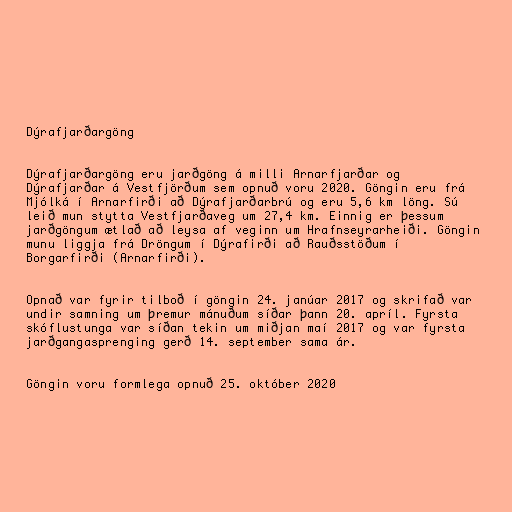
Dýrafjarðargöng

Dýrafjarðargöng eru jarðgöng á milli Arnarfjarðar og
Dýrafjarðar á Vestfjörðum sem opnuð voru 2020. Göngin eru frá
Mjólká í Arnarfirði að Dýrafjarðarbrú og eru 5,6 km löng. Sú
leið mun stytta Vestfjarðaveg um 27,4 km. Einnig er þessum
jarðgöngum ætlað að leysa af veginn um Hrafnseyrarheiði. Göngin
munu liggja frá Dröngum í Dýrafirði að Rauðsstöðum í
Borgarfirði (Arnarfirði).

Opnað var fyrir tilboð í göngin 24. janúar 2017 og skrifað var
undir samning um þremur mánuðum síðar þann 20. apríl. Fyrsta
skóflustunga var síðan tekin um miðjan maí 2017 og var fyrsta
jarðgangasprenging gerð 14. september sama ár.

Göngin voru formlega opnuð 25. október 2020